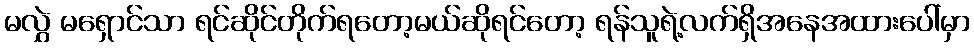
မလွှဲ မရှောင်သာ ရင်ဆိုင်တိုက်ရတော့မယ်ဆိုရင်တော့ ရန်သူရဲ့လက်ရှိအနေအထားပေါ်မှာ